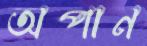
অপান